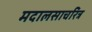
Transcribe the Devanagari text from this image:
मदालसाचरित्र